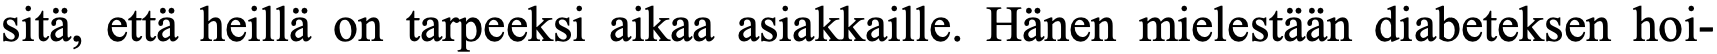
sitä, että heillä on tarpeeksi aikaa asiakkaille. Hänen mielestään diabeteksen hoi-